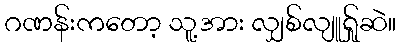
ဂဏန်းကတော့ သူ့အား လျှစ်လျူရ်ှုဆဲ။